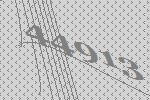
44913